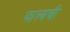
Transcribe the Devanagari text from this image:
झाल्यची